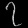
Digit: ၇